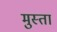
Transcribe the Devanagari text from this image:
मुस्ता